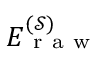
E _ { \mathrm { ~ r ~ a ~ w ~ } } ^ { ( \mathcal { S } ) }